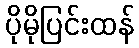
ပိုမိုပြင်းထန်